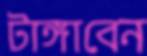
টাঙ্গাবেন